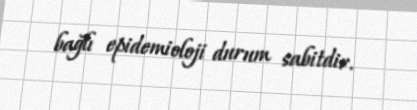
bağlı epidemioloji durum sabitdir.